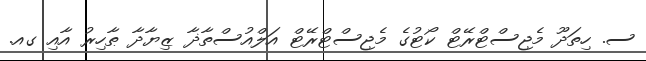
ސ. ހިތަދޫ މެޖިސްޓްރޭޓް ކޯޓުގެ މެޖިސްޓްރޭޓް އަލްއުސްތާޛާ ޒިޔާދާ ޠާހިރު އާއި ގއ.